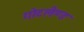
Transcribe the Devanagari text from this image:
गोटलैण्ड